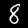
Digit: 8